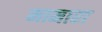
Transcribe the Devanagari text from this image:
मामारा